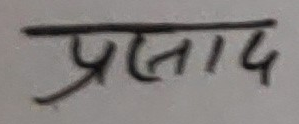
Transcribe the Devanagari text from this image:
प्रसाद